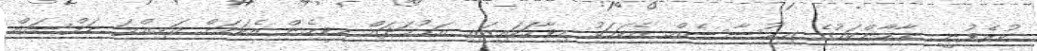
ކުރެވުނީ ނާމާންކަމުގެ އިޙުސާސެއް. އެކަމަކު މިވާހަކައިގައި އަޙުމަދައް މިވީހެން އެކަމަށް އަމިއްލަ ނަފްސައް